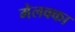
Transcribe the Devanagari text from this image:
मेलक्का